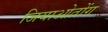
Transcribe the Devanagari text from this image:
जियाओतोंग